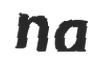
na